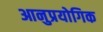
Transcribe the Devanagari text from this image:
आनुप्रयोगिक